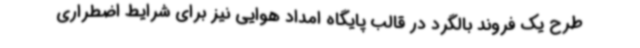
طرح یک فروند بالگرد در قالب پایگاه امداد هوایی نیز برای شرایط اضطراری